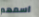
اسمهم